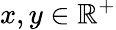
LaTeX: x,y\in\mathbb R^{+}